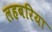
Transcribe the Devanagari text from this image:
लहबरिया